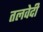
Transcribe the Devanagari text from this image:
तलवेदी